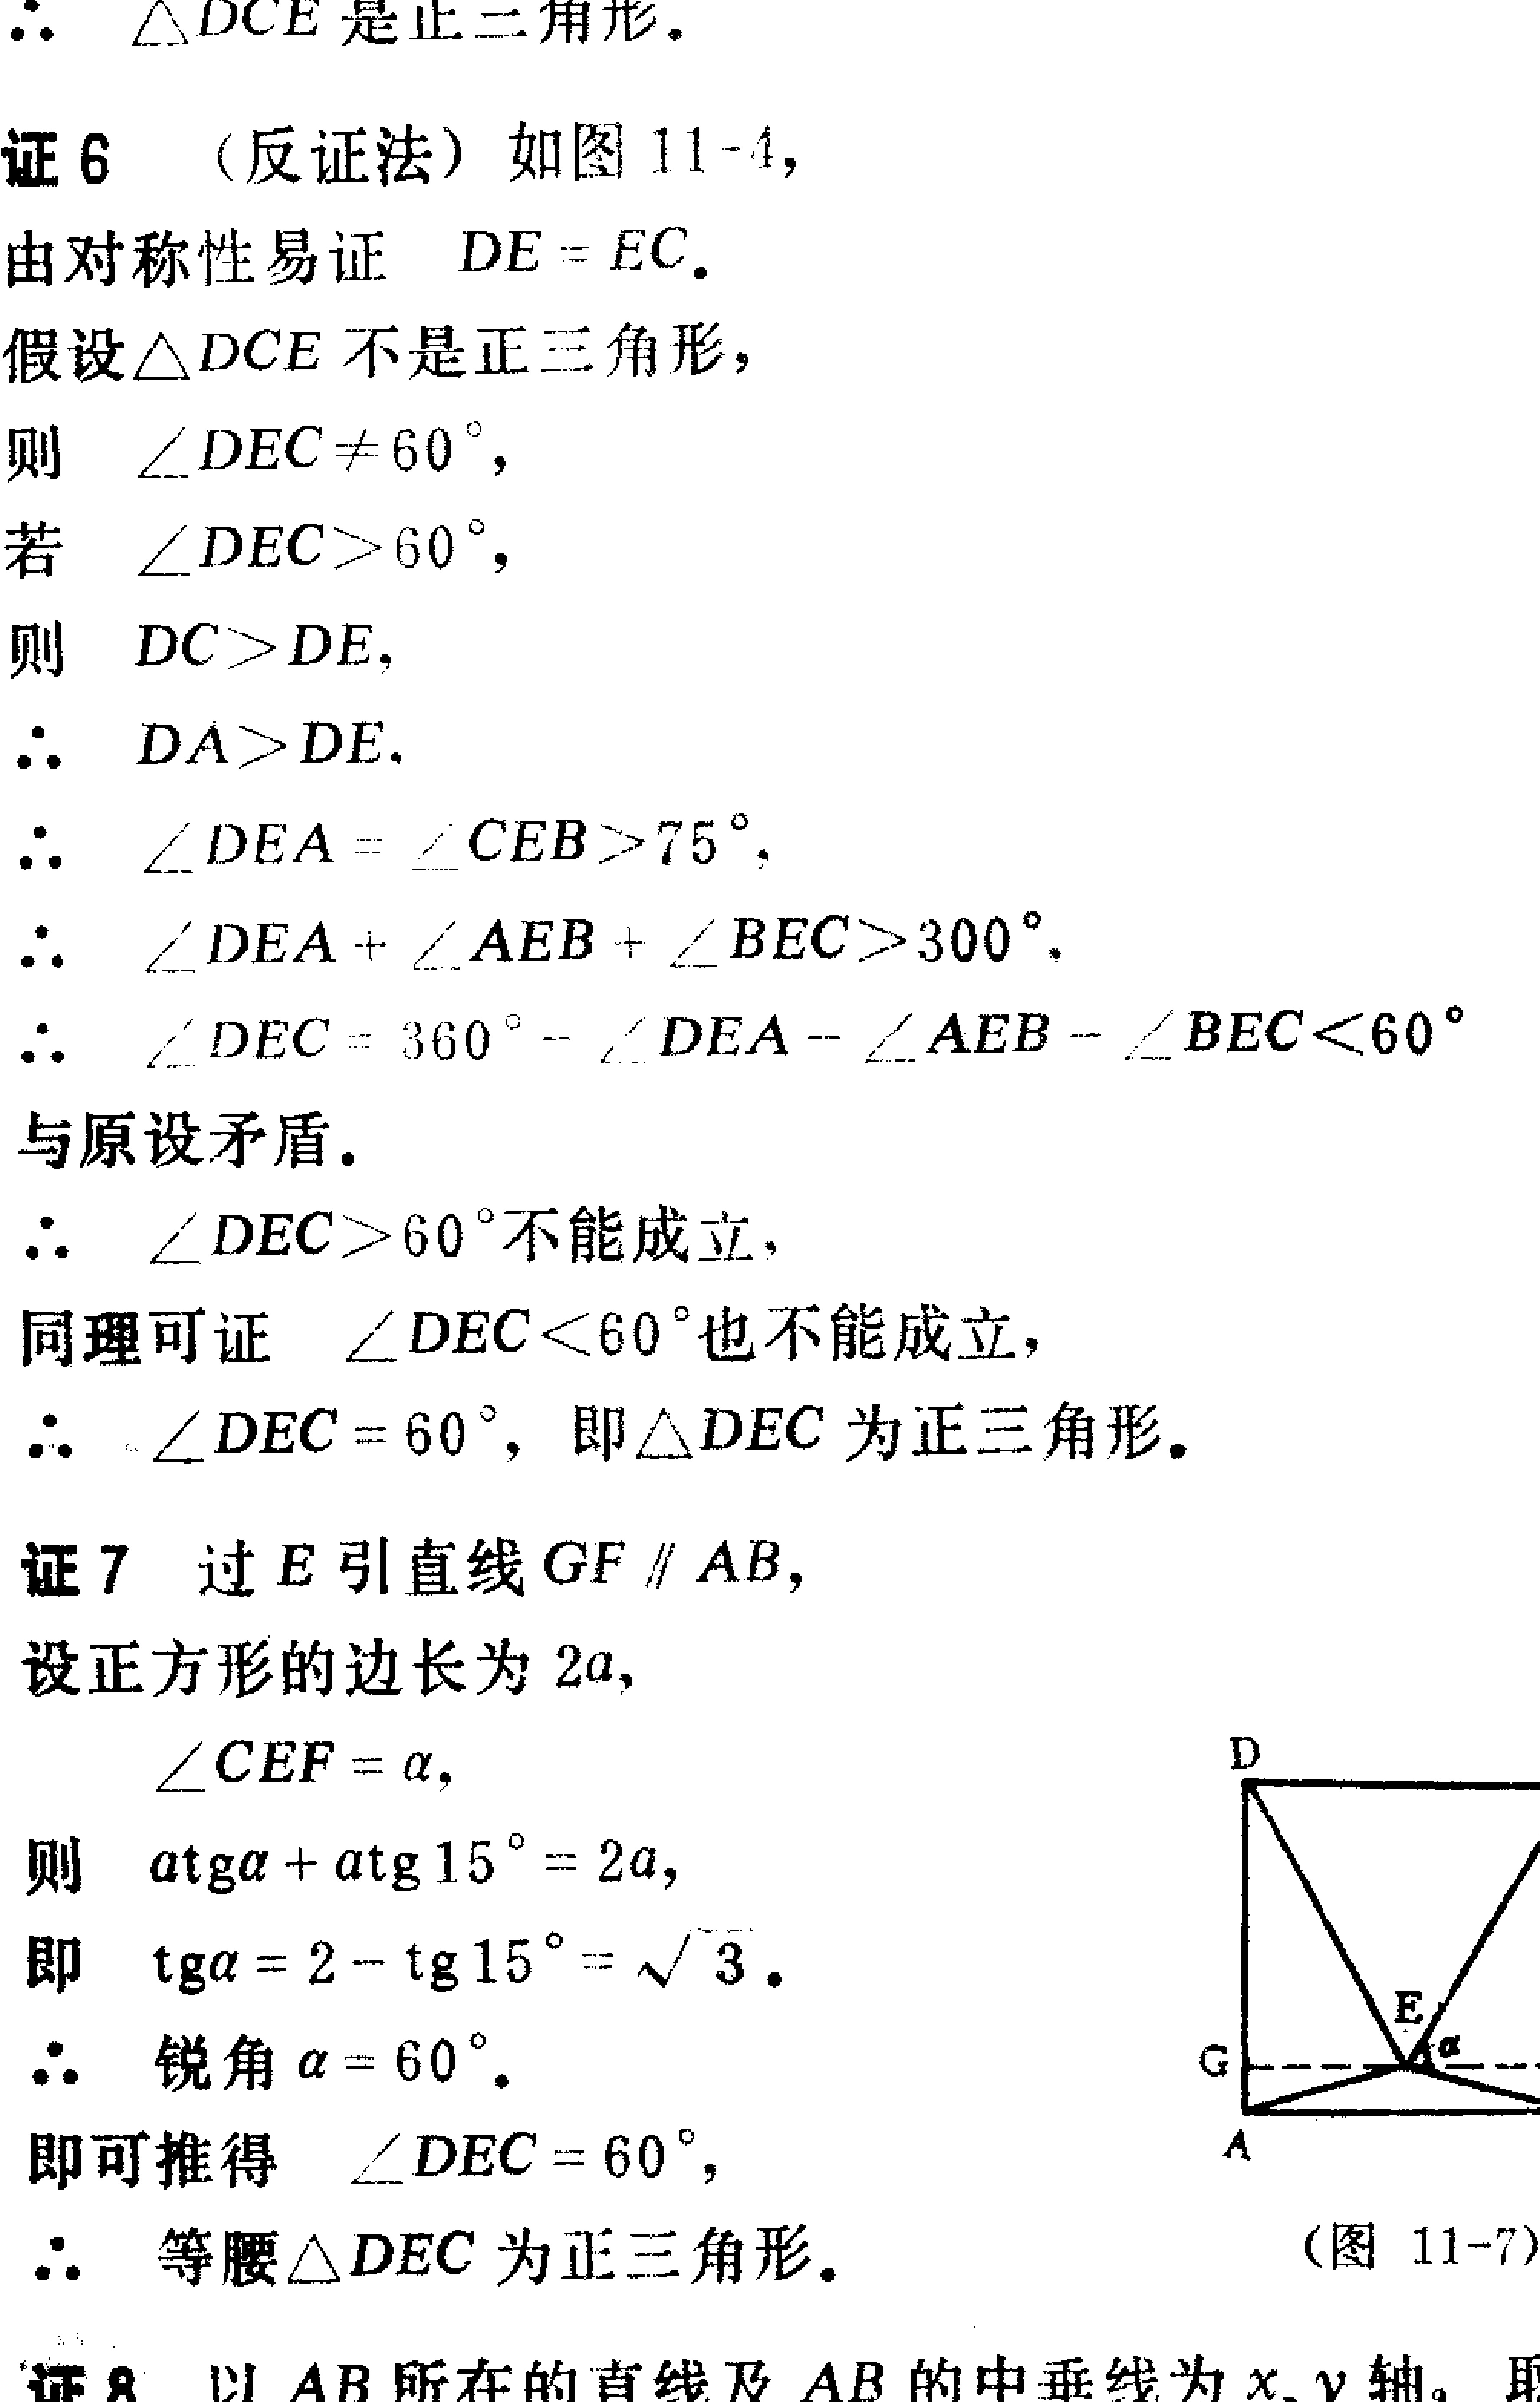
\begin{document}

$\therefore\ \triangle DCE$ 是正三角形.

证6 （反证法）如图 11 - 4,

由对称性易证 \(DE = EC\).

假设\(\triangle DCE\)不是正三角形，

则 \(\angle DEC\neq60^{\circ}\)，

若 \(\angle DEC > 60^{\circ}\)，

则 \(DC>DE\)，

\(\therefore\ DA>DE\).

\(\therefore\ \angle DEA=\angle CEB > 75^{\circ}\)，

\(\therefore\ \angle DEA+\angle AEB+\angle BEC>300^{\circ}\).

\(\therefore\ \angle DEC = 360^{\circ}-\angle DEA-\angle AEB-\angle BEC<60^{\circ}\)

与原设矛盾.

\(\therefore\ \angle DEC>60^{\circ}\)不能成立,

同理可证 \(\angle DEC < 60^{\circ}\)也不能成立,

\(\therefore\ \angle DEC = 60^{\circ}\)，即\(\triangle DEC\)为正三角形.

证7 过\(E\)引直线\(GF\parallel AB\)，

设正方形的边长为 \(2a\)，

\(\angle CEF=\alpha\)，

则 \(a\mathrm{tg}\alpha + a\mathrm{tg}15^{\circ}=2a\)，

即 \(\mathrm{tg}\alpha = 2-\mathrm{tg}15^{\circ}=\sqrt{3}\).

\(\therefore\) 锐角\(\alpha = 60^{\circ}\).

即可推得 \(\angle DEC = 60^{\circ}\)，

\(\therefore\) 等腰\(\triangle DEC\)为正三角形. （图 11 - 7）

证8 以 \(AB\)所在的直线及 \(AB\)的中垂线为 \(x、y\)轴。取

\end{document}